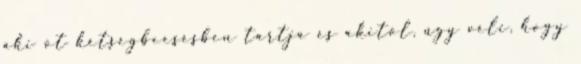
aki õt kétségbeesésben tartja és akitõl, úgy véli, hogy